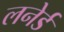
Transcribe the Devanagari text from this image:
लनेर्ड